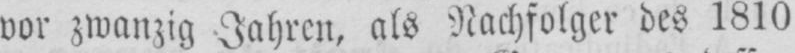
vor zwanzig Jahren, als Nachfolger des 1810